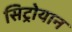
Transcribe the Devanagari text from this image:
सिट्रोयान